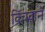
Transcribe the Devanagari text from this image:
विंचवाने